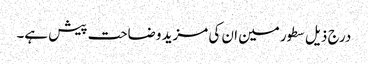
درج ذیل سطور مین ان کی مزید وضاحت پیش ہے۔